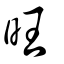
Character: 旺